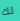
لك